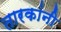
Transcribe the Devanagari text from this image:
तारकांनी